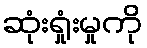
ဆုံးရှုံးမှုကို